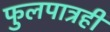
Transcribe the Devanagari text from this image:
फुलपात्रही